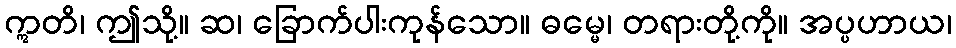
ဣတိ၊ ဤသို့။ ဆ၊ ခြောက်ပါးကုန်သော။ ဓမ္မေ၊ တရားတို့ကို။ အပ္ပဟာယ၊